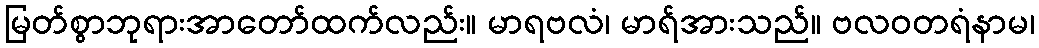
မြတ်စွာဘုရားအာတော်ထက်လည်း။ မာရဗလံ၊ မာရ်အားသည်။ ဗလဝတရံနာမ၊